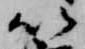
以